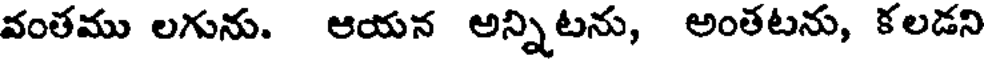
వంతము లగును. ఆయన అన్నిటను, అంతటను, కలడని